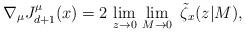
LaTeX: \begin{align*}\nabla_\mu J^\mu_{d+1} (x) = 2 \,\lim_{z\rightarrow 0} \,\lim_{M\rightarrow 0} \,\,\tilde{\zeta}_x(z|M),\end{align*}